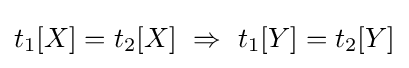
t_{1}[X]=t_{2}[X]~\Rightarrow ~t_{1}[Y]=t_{2}[Y]